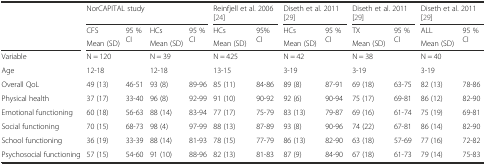
<table><thead><tr><td></td><td colspan="4"><b>NorCAPITAL study</b></td><td colspan="2"><b>Reinfjell et al. 2006 [24]</b></td><td colspan="2"><b>Diseth et al. 2011 [29]</b></td><td colspan="2"><b>Diseth et al. 2011 [29]</b></td><td colspan="2"><b>Diseth et al. 2011 [29]</b></td></tr><tr><td rowspan="2"></td><td><b>CFS</b></td><td rowspan="2"><b>95 % CI</b></td><td><b>HCs</b></td><td rowspan="2"><b>95 % CI</b></td><td><b>HCs</b></td><td rowspan="2"><b>95% CI</b></td><td><b>HCs</b></td><td rowspan="2"><b>95 % CI</b></td><td><b>TX</b></td><td rowspan="2"><b>95 % CI</b></td><td><b>ALL</b></td><td rowspan="2"><b>95 % CI</b></td></tr><tr><td><b>Mean (SD)</b></td><td><b>Mean (SD)</b></td><td><b>Mean (SD)</b></td><td><b>Mean (SD)</b></td><td><b>Mean (SD)</b></td><td><b>Mean (SD)</b></td></tr></thead><tbody><tr><td>Variable</td><td>N = 120</td><td rowspan="2"></td><td>N = 39</td><td rowspan="2"></td><td>N = 425</td><td rowspan="2"></td><td>N = 42</td><td rowspan="2"></td><td>N = 38</td><td rowspan="2"></td><td>N = 40</td><td rowspan="2"></td></tr><tr><td>Age</td><td>12-18</td><td>12-18</td><td>13-15</td><td>3-19</td><td>3-19</td><td>3-19</td></tr><tr><td>Overall QoL</td><td>49 (13)</td><td>46-51</td><td>93 (8)</td><td>89-96</td><td>85 (11)</td><td>84-86</td><td>89 (8)</td><td>87-91</td><td>69 (18)</td><td>63-75</td><td>82 (13)</td><td>78-86</td></tr><tr><td>Physical health</td><td>37 (17)</td><td>33-40</td><td>96 (8)</td><td>92-99</td><td>91 (10)</td><td>90-92</td><td>92 (6)</td><td>90-94</td><td>75 (17)</td><td>69-81</td><td>86 (12)</td><td>82-90</td></tr><tr><td>Emotional functioning</td><td>60 (18)</td><td>56-63</td><td>88 (14)</td><td>83-94</td><td>77 (17)</td><td>75-79</td><td>83 (13)</td><td>79-87</td><td>69 (16)</td><td>61-74</td><td>75 (19)</td><td>69-81</td></tr><tr><td>Social functioning</td><td>70 (15)</td><td>68-73</td><td>98 (4)</td><td>97-99</td><td>88 (13)</td><td>87-89</td><td>93 (8)</td><td>90-96</td><td>74 (22)</td><td>67-81</td><td>86 (14)</td><td>82-90</td></tr><tr><td>School functioning</td><td>36 (19)</td><td>33-39</td><td>88 (14)</td><td>81-93</td><td>78 (15)</td><td>77-79</td><td>86 (13)</td><td>82-90</td><td>63 (18)</td><td>57-69</td><td>77 (16)</td><td>72-82</td></tr><tr><td>Psychosocial functioning</td><td>57 (15)</td><td>54-60</td><td>91 (10)</td><td>88-96</td><td>82 (13)</td><td>81-83</td><td>87 (9)</td><td>84-90</td><td>67 (18)</td><td>61-73</td><td>79 (14)</td><td>75-83</td></tr></tbody></table>